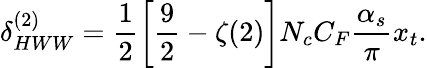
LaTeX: \delta_{HWW}^{(2)}=\frac{1}{2}\left[\frac{9}{2}-\zeta(2)\right]N_{c}C_{F}\frac{\alpha_{s}}{\pi}x_{t}.